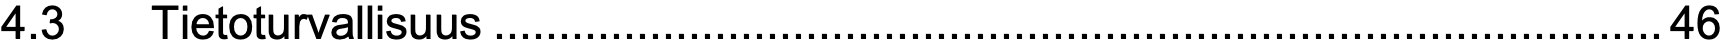
4.3  Tietoturvallisuus..........................................................................................46